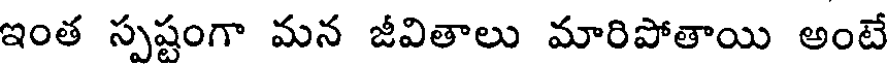
ఇంత స్పష్టంగా మన జీవితాలు మారిపోతాయి అంటే